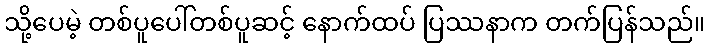
သို့ပေမဲ့ တစ်ပူပေါ်တစ်ပူဆင့် နောက်ထပ် ပြဿနာက တက်ပြန်သည်။